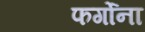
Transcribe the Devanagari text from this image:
फर्गोना